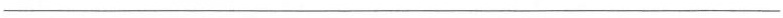
___